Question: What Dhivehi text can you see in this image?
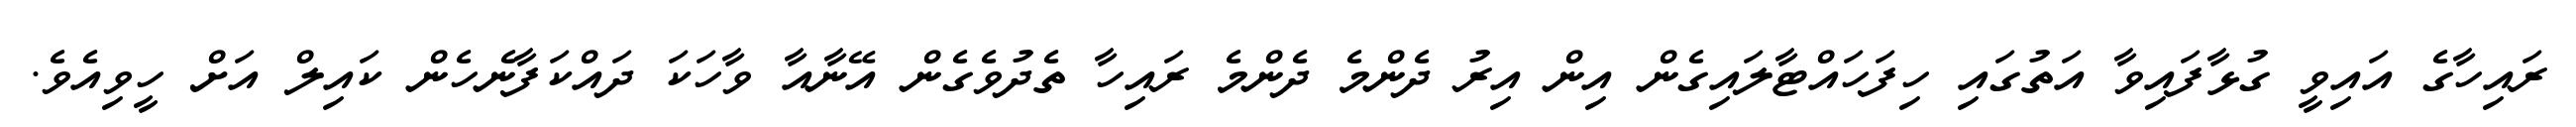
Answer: ރައިހާގެ އައިވީ ގުޅާފައިވާ އަތުގައި ހިފަހައްޓާލައިގެން އިން އިރު ދެންމެ ދެންމެ ރައިހާ ތެދުވެގެން އޭނާއާ ވާހަކަ ދައްކަފާނެހެން ކައިލް އަށް ހީވިއެވެ.